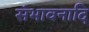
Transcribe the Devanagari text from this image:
संभावनादि